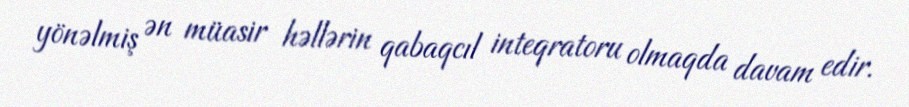
yönəlmiş ən müasir həllərin qabaqcıl inteqratoru olmaqda davam edir.